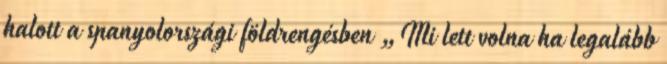
halott a spanyolországi földrengésben „Mi lett volna ha legalább